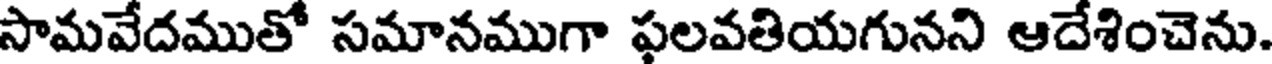
సామవేదముతో సమానముగా ఫలవతియగునని ఆదేశించెను.